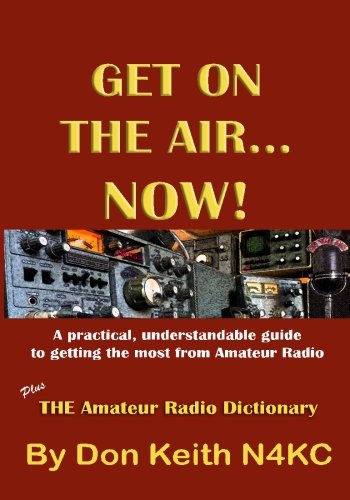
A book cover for Get on the Air...Now!: A practical, understandable guide to getting the most from Amateur Radio; Don Keith; Crafts, Hobbies & Home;